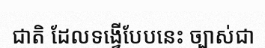
ជាតិ ដែលទង្វើបែបនេះ ច្បាស់ជា